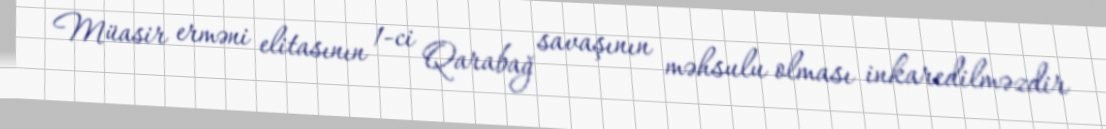
Müasir erməni elitasının 1-ci Qarabağ savaşının məhsulu olması inkaredilməzdir